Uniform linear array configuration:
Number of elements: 8
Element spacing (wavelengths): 1
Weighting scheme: binomial
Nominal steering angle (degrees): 15
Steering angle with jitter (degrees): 14.342
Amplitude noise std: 0.05
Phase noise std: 0.05

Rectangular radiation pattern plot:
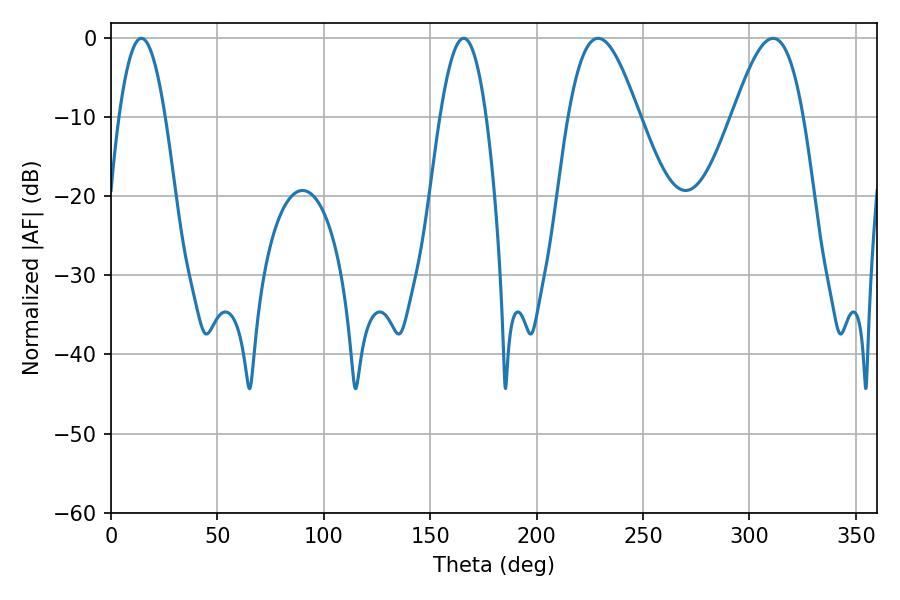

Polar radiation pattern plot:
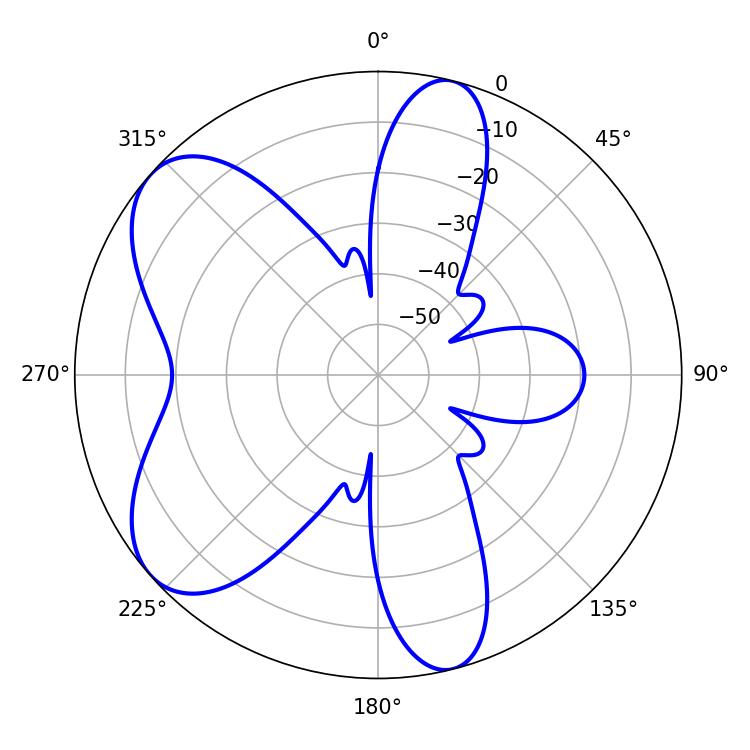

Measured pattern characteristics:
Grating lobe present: TRUE
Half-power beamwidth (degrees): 17.82
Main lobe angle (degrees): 228.96